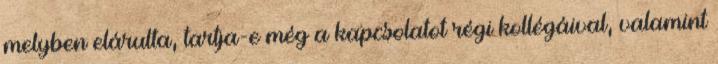
melyben elárulta, tartja-e még a kapcsolatot régi kollégáival, valamint